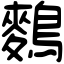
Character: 𪄳